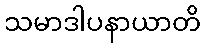
သမာဒါပနာယာတိ